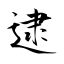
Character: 逮